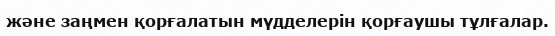
және заңмен қорғалатын мүдделерін қорғаушы тұлғалар.